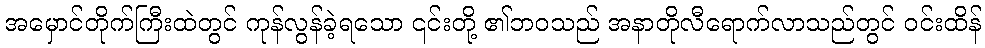
အမှောင်တိုက်ကြီးထဲတွင် ကုန်လွန်ခဲ့ရသော ၎င်းတို့ ၏ဘဝသည် အနာတိုလီရောက်လာသည်တွင် ဝင်းထိန်